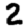
Digit: 2